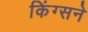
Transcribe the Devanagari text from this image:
किंग्सने